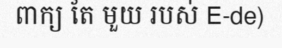
ពាក្យ តែ មួយ របស់ E-de)